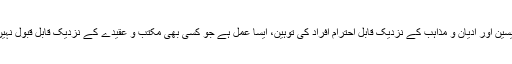
انبیاء، قدیسین اور ادیان و مذاہب کے نزدیک قابل احترام افراد کی توہین، ایسا عمل ہے جو کسی بھی مکتب و عقیدے کے نزدیک قابل قبول نہیں ہوسکتا۔